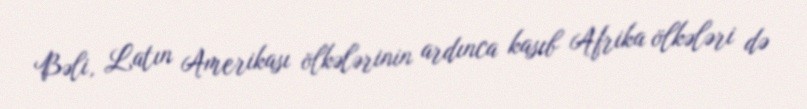
Bəli, Latın Amerikası ölkələrinin ardınca kasıb Afrika ölkələri də